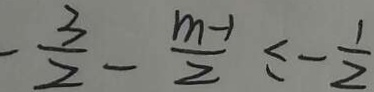
- \frac { 3 } { 2 } - \frac { m - 1 } { 2 } \leq - \frac { 1 } { 2 }